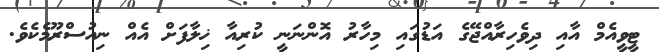
ޓީވީއެމް އާއި ދިވެހިރާއްޖޭގެ އަޑުގައި މިހާރު އޮންނަނީ ކުރިއާ ޚިލާފަށް އެއް ނިއުސްރޫމެކެވެ.